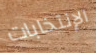
الإنتخابات